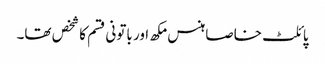
پائلٹ خاصا ہنس مکھ اور باتونی قسم کا شخص تھا۔